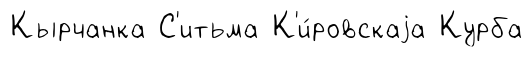
Кырчанка С'итьма К'и́ровскаjа Курба